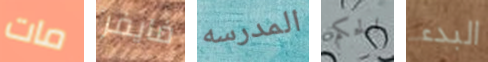
مات فايفر المدرسه الحكم البدء